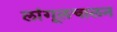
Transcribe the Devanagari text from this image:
लांगूलचालन